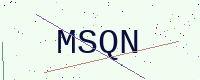
Text: MSQN